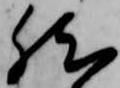
然